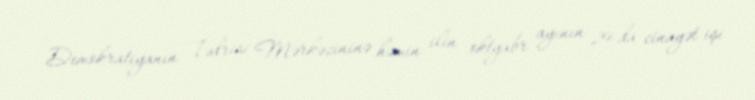
Demokratiyanın Tədrisi Mərkəzininə həmin ilin oktyabr ayının 29-da cinayət işi